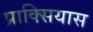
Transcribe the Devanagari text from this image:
प्राक्सियास